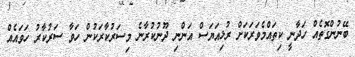
ބޭނުންގޮތެއް ހަދާނީ ކިތައްމެވަރަކަށް ރުޅިއަޔަސް އަންނި ދޫނުކުރާނެ މިސަރުކާރަކުން ހަވާ ސަރުކާރު ހަވައެއް